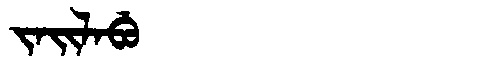
Manchu: ᠵᠠᡳᠯᠠᠪᡠ
Romanization: JAILABU